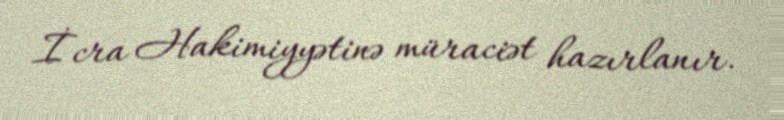
İcra Hakimiyyətinə müraciət hazırlanır.